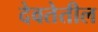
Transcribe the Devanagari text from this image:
देवतेतील